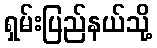
ရှမ်းပြည်နယ်သို့